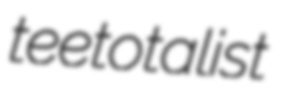
teetotalist